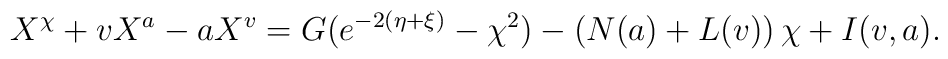
X^\chi +vX^a-aX^v=G(e^{-2(\eta +\xi )}-\chi^2)-\left(N(a)+L(v)\right)\chi+I(v,a).